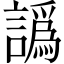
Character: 譌